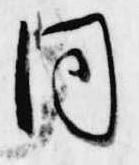
同